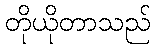
တိုယိုတာသည်